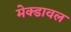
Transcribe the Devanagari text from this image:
मेक्डावल